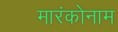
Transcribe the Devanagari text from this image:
मारंकोनाम